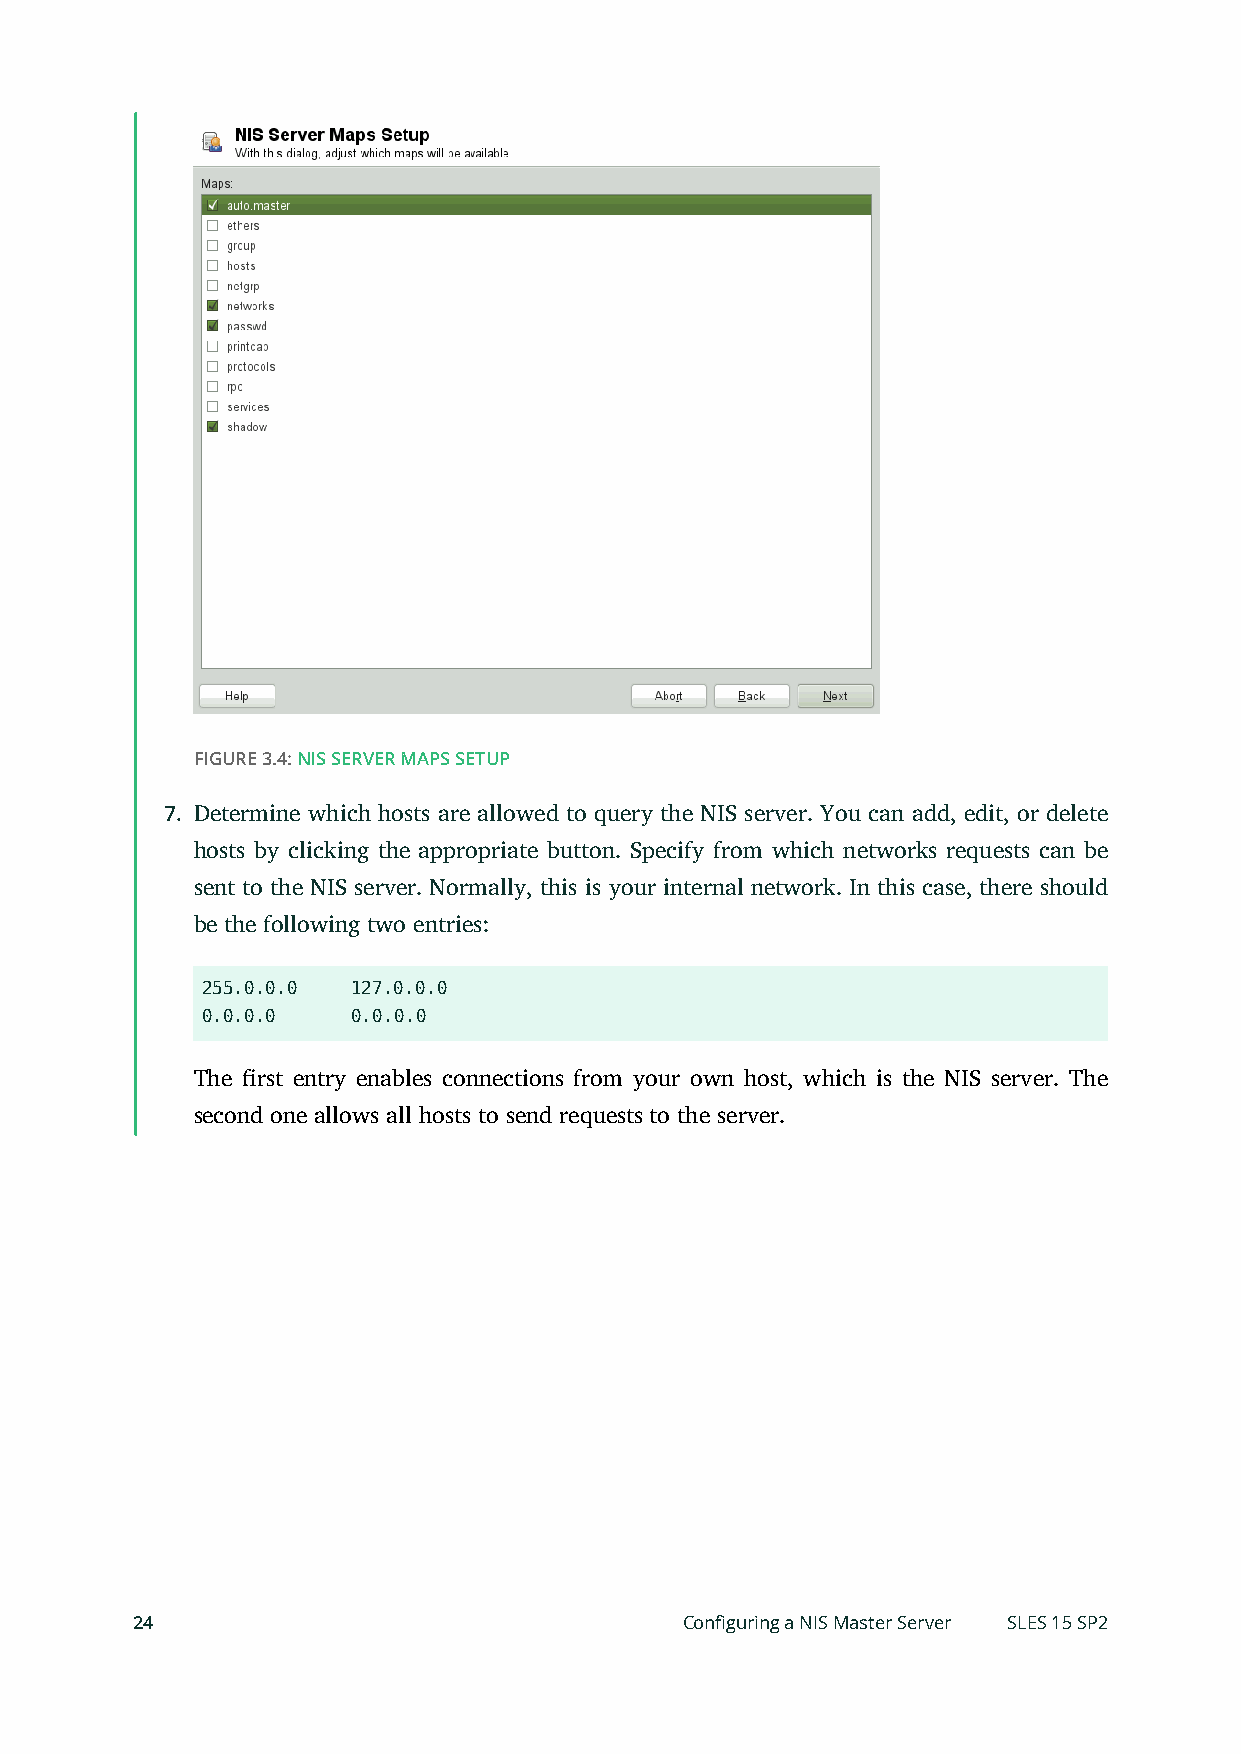
FIGURE 3.4: NIS SERVER MAPS SETUP
 7. Determine which hosts are allowed to query the NIS server. You can add, edit, or delete
 hosts by clicking the appropriate button. Specify from which networks requests can be
 sent to the NIS server. Normally, this is your internal network. In this case, there should
 be the following two entries:
 255.0.0.0 127.0.0.0
 0.0.0.0   0.0.0.0
 The rst entry enables connections from your own host, which is the NIS server. The
 second one allows all hosts to send requests to the server.
 24                                  Configuring a NIS Master Server SLES 15 SP2